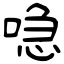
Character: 喼